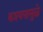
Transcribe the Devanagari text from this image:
कश्यपामुळे